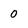
Character: 0